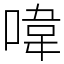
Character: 喡